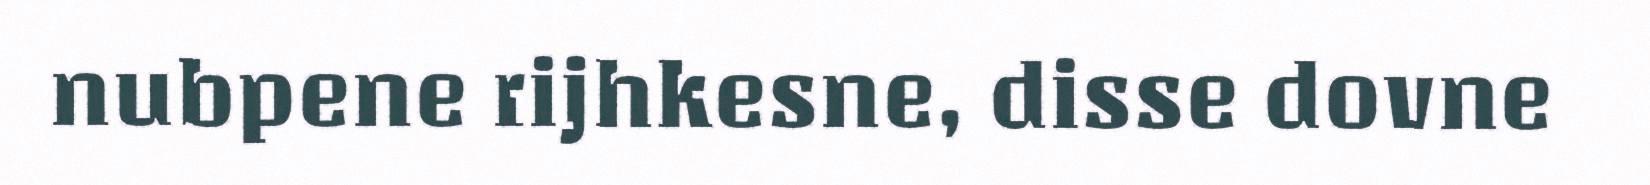
nubpene rijhkesne, disse dovne